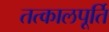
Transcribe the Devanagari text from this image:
तत्कालपूर्ति